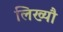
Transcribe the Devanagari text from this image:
लिख्यौ